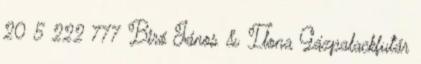
20 5 222 777 Biró János & Ilona Gázpalackfutár